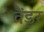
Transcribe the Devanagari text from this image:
वैंडर